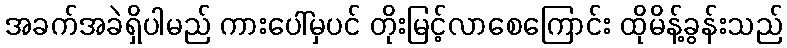
အခက်အခဲရှိပါမည် ကားပေါ်မှပင် တိုးမြင့်လာစေကြောင်း ထိုမိန့်ခွန်းသည်